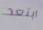
ابتعد